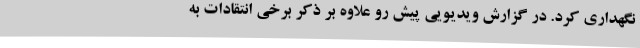
نگهداری کرد. در گزارش ویدیویی پیش رو علاوه بر ذکر برخی انتقادات به